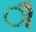
ૌ